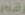
رقم